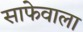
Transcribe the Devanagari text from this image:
साफेवाला